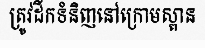
ត្រូវដឹកទំនិញនៅក្រោមស្ពាន